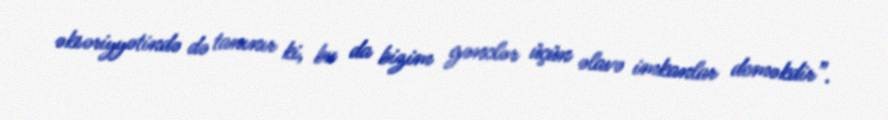
əksəriyyətində də tanınır ki, bu da bizim gənclər üçün əlavə imkanlar deməkdir”.